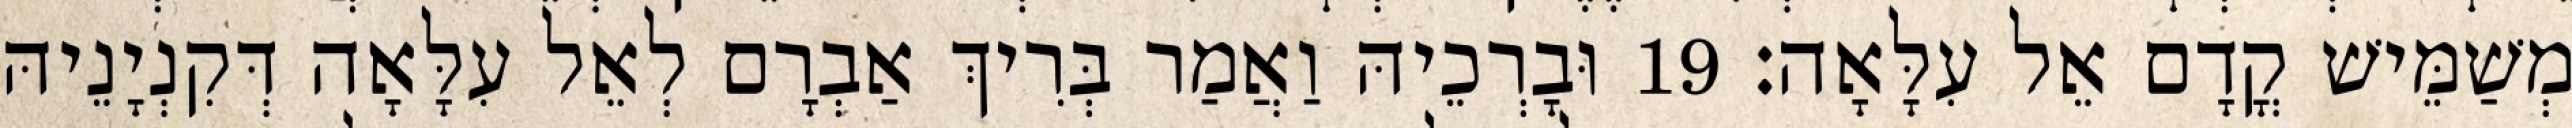
מְשַׁמֵּישׁ קֳדָם אֵל עִלָּאָה׃ 19 וּבָרְכֵיהּ וַאֲמַר בְּרִיךְ אַבְרָם לְאֵל עִלָּאָה דְּקִנְיָנֵיהּ